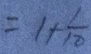
= 1 + \frac { 1 } { 1 0 }